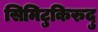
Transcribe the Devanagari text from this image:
सिमिटुकिरुदु